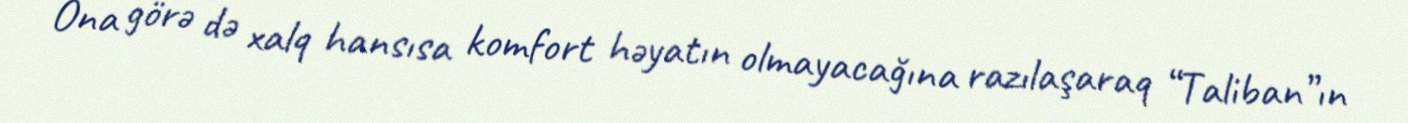
Ona görə də xalq hansısa komfort həyatın olmayacağına razılaşaraq “Taliban”ın